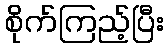
စိုက်ကြည့်ပြီး